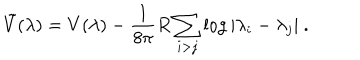
LaTeX: \tilde { V } ( \lambda ) = V ( \lambda ) - \frac { 1 } { 8 \pi } R \sum _ { i > j } \log | \lambda _ { i } - \lambda _ { j } | ~ .